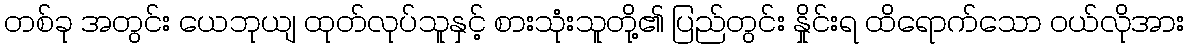
တစ်ခု အတွင်း ယေဘုယျ ထုတ်လုပ်သူနှင့် စားသုံးသူတို့၏ ပြည်တွင်း နှိုင်းရ ထိရောက်သော ဝယ်လိုအား